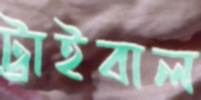
ট্রাইবাল